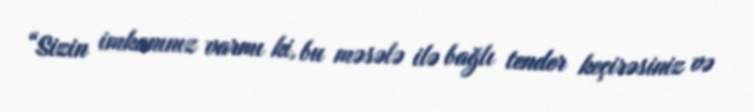
“Sizin imkanınız varmı ki, bu məsələ ilə bağlı tender keçirəsiniz və